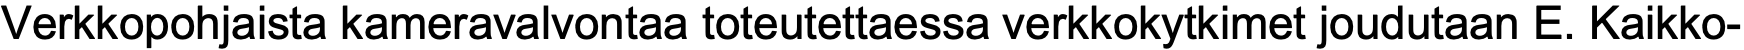
Verkkopohjaista kameravalvontaa toteutettaessa verkkokytkimet joudutaan E. Kaikko-